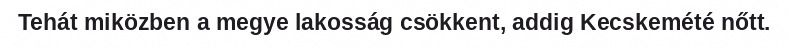
Tehát miközben a megye lakosság csökkent, addig Kecskemété nőtt.